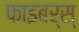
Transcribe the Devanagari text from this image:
फाइबर्स्